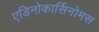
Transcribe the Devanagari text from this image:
एडिनोकार्सिनोमस